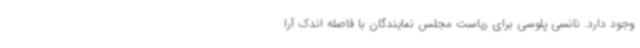
وجود دارد. نانسی پلوسی برای ریاست مجلس نمایندگان با فاصله اندک آرا